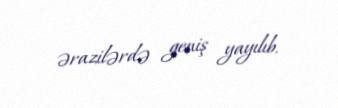
ərazilərdə geniş yayılıb.